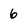
Character: 6